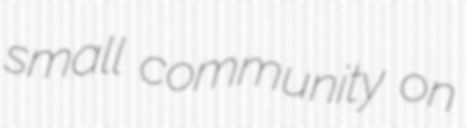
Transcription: small community on